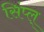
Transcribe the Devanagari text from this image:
सिंप्ल्